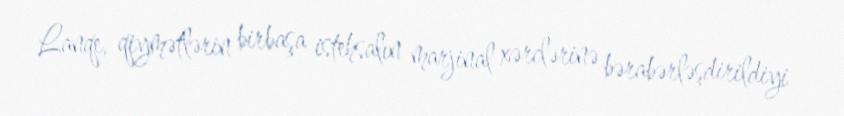
Lanqe, qiymətlərin birbaşa istehsalın marjinal xərclərinə bərabərləşdirildiyi